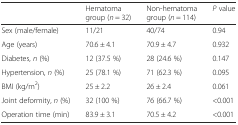
<table><thead><tr><td></td><td><b>Hematoma group (<i>n</i> = 32)</b></td><td><b>Non-hematoma group (<i>n</i> = 114)</b></td><td><b><i>P</i> value</b></td></tr></thead><tbody><tr><td>Sex (male/female)</td><td>11/21</td><td>40/74</td><td>0.94</td></tr><tr><td>Age (years)</td><td>70.6 ± 4.1</td><td>70.9 ± 4.7</td><td>0.932</td></tr><tr><td>Diabetes, <i>n</i> (%)</td><td>12 (37.5 %)</td><td>28 (24.6 %)</td><td>0.147</td></tr><tr><td>Hypertension, <i>n</i> (%)</td><td>25 (78.1 %)</td><td>71 (62.3 %)</td><td>0.095</td></tr><tr><td>BMI (kg/m<sup>2</sup>)</td><td>25 ± 2.2</td><td>26 ± 2.4</td><td>0.061</td></tr><tr><td>Joint deformity, <i>n</i> (%)</td><td>32 (100 %)</td><td>76 (66.7 %)</td><td>&lt;0.001</td></tr><tr><td>Operation time (min)</td><td>83.9 ± 3.1</td><td>70.5 ± 4.2</td><td>&lt;0.001</td></tr></tbody></table>